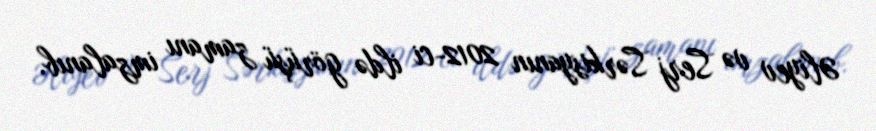
Əliyev və Serj Sərkisyanın 2012-ci ildə görüşü zamanı imzalanıb.